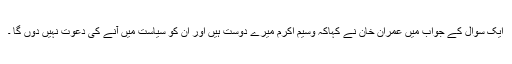
ایک سوال کے جواب میں عمران خان نے کہاکہ وسیم اکرم میرے دوست ہیں اور ان کو سیاست میں آنے کی دعوت نہیں دوں گا ۔